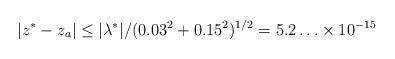
LaTeX: \begin{align*}|z^*-z_a|\leq |\lambda ^*|/(0.03^2+0.15^2)^{1/2}=5.2\ldots \times 10^{-15}\end{align*}